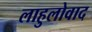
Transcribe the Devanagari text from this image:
लाहुलोवाद